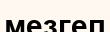
мезгеп